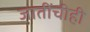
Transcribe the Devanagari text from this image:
जातींचीही